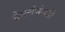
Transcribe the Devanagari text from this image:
प्रेमसंबंधही